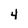
Character: 4